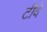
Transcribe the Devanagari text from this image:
टीवे